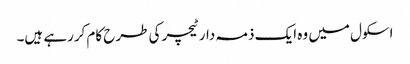
اسکول میں وہ ایک ذمہ دار ٹیچر کی طرح کام کررہے ہیں۔